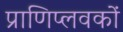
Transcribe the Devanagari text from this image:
प्राणिप्लवकों